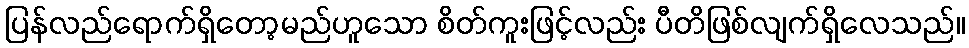
ပြန်လည်ရောက်ရှိတော့မည်ဟူသော စိတ်ကူးဖြင့်လည်း ပီတိဖြစ်လျက်ရှိလေသည်။